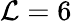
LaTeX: \mathcal{L}=6